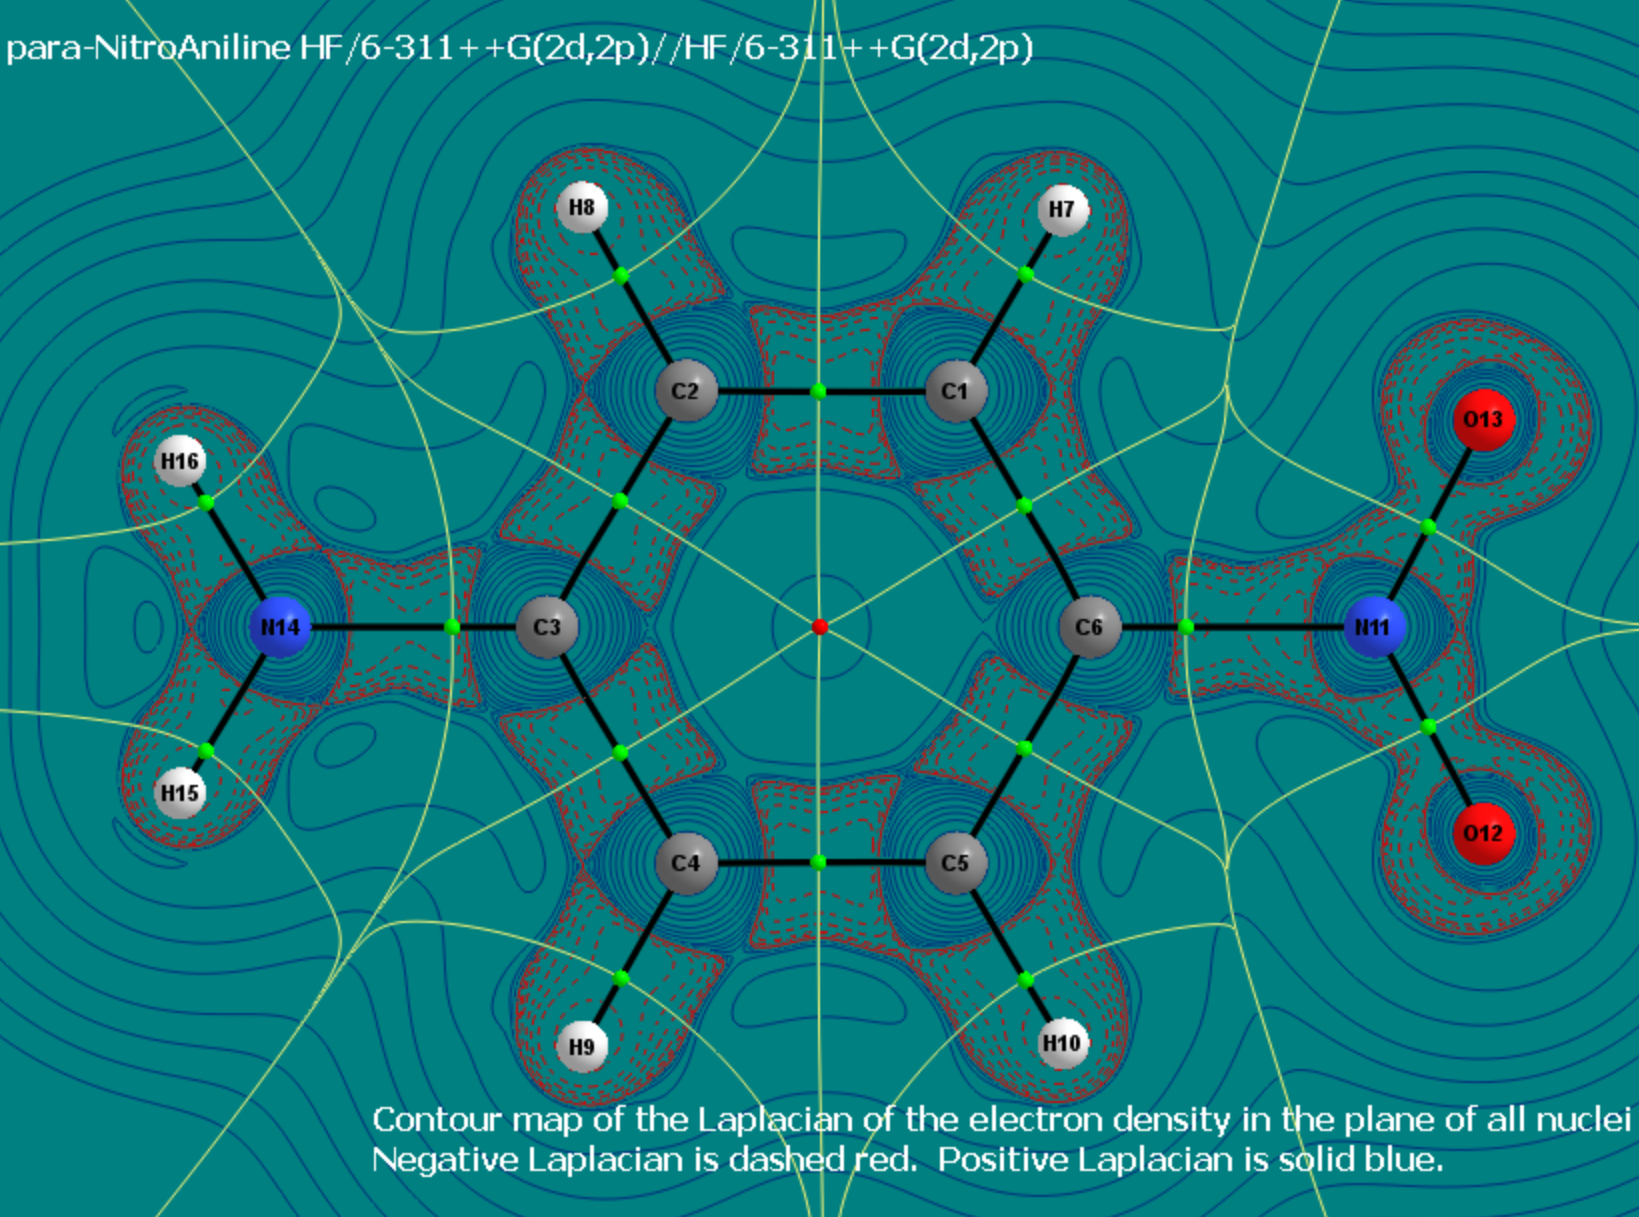
aimaii, QTAIM,contour map